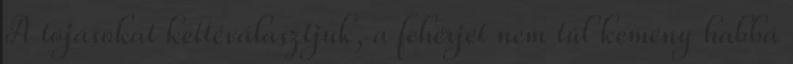
A tojásokat kettéválasztjuk, a fehérjét nem túl kemény habbá